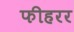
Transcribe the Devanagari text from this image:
फीहरर